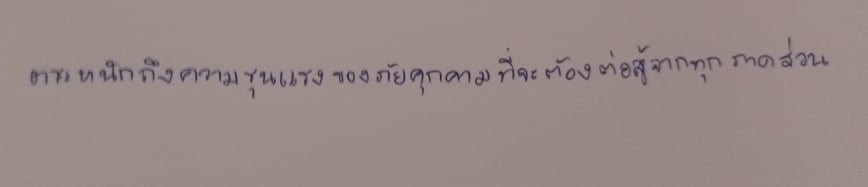
ตระหนักถึงความรุนแรงของภัยคุกคามที่จะต้องต่อสู้จากทุกภาคส่วน